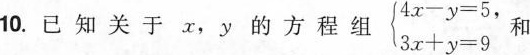
10. 已知关于x，y的方程组